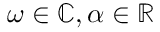
\omega \in \mathbb { C } , \alpha \in \mathbb { R }